Civil Veterinary Department. Madras. Admin. report 1910-25 - 1910-1925
Year: 1910
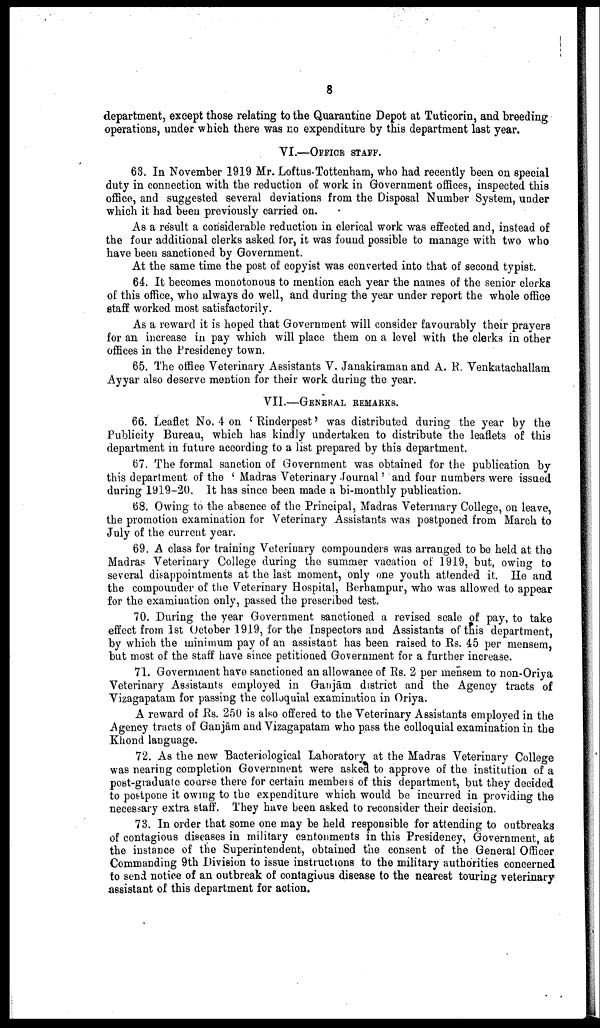
8
department, except those relating to the Quarantine Depot at Tuticorin, and breeding
operations, under which there was no expenditure by this department last year.
VI.—OFFICE STAFF.
63. In November 1919 Mr. Loftus-Tottenham, who had recently been on special
duty in connection with the reduction of work in Government offices, inspected this
office, and suggested several deviations from the Disposal Number System, under
which it had been previously carried on.
As a result a considerable reduction in clerical work was effected and, instead of
the four additional clerks asked for, it was found possible to manage with two who
have been sanctioned by Government.
At the same time the post of copyist was converted into that of second typist.
64. It becomes monotonous to mention each year the names of the senior clerks
of this office, who always do well, and during the year under report the whole office
staff worked most satisfactorily.
As a reward it is hoped that Government will consider favourably their prayers
for an increase in pay which will place them on a level with the clerks in other
offices in the Presidency town.
65. The office Veterinary Assistants V. Janakiraman and A. R. Venkatachallam
Ayyar also deserve mention for their work during the year.
VII.—GENERAL REMARKS.
66. Leaflet No. 4 on 'Rinderpest' was distributed during the year by the
Publicity Bureau, which has kindly undertaken to distribute the leaflets of this
department in future according to a list prepared by this department.
67. The formal sanction of Government was obtained for the publication by
this department of the 'Madras Veterinary Journal' and four numbers were issued
during 1919-20. It has since been made a bi-monthly publication.
68. Owing to the absence of the Principal, Madras Veterinary College, on leave,
the promotion examination for Veterinary Assistants was postponed from March to
July of the current year.
69. A class for training Veterinary compounders was arranged to be held at the
Madras Veterinary College during the summer vacation of 1919, but, owing to
several disappointments at the last moment, only one youth attended it. He and
the compounder of the Veterinary Hospital, Berhampur, who was allowed to appear
for the examination only, passed the prescribed test.
70. During the year Government sanctioned a revised scale of pay, to take
effect from 1st October 1919, for the Inspectors and Assistants of this department,
by which the minimum pay of an assistant has been raised to Rs. 45 per mensem,
but most of the staff have since petitioned Government for a further increase.
71. Government have sanctioned an allowance of Rs. 2 per mensem to non-Oriya
Veterinary Assistants employed in Ganjām district and the Agency tracts of
Vizagapatam for passing the colloquial examination in Oriya.
A reward of Rs. 250 is also offered to the Veterinary Assistants employed in the
Agency tracts of Ganjām and Vizagapatam who pass the colloquial examination in the
Khond language.
72. As the new Bacteriological Laboratory at the Madras Veterinary College
was nearing completion Government were asked to approve of the institution of a
post-graduate course there for certain members of this department, but they decided
to postpone it owing to the expenditure which would be incurred in providing the
necessary extra staff. They have been asked to reconsider their decision.
73. In order that some one may be held responsible for attending to outbreaks
of contagious diseases in military cantonments in this Presidency, Government, at
the instance of the Superintendent, obtained the consent of the General Officer
Commanding 9th Division to issue instructions to the military authorities concerned
to send notice of an outbreak of contagious disease to the nearest touring veterinary
assistant of this department for action.